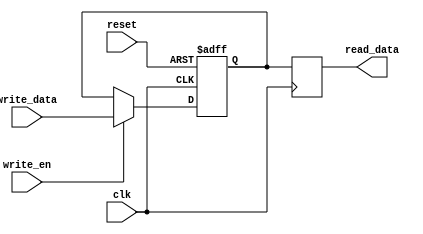
module dual_port_register(
    input wire clk, // Clock input
    input wire reset, // Reset input
    input wire write_en, // Write enable signal
    input wire [7:0] write_data, // Data input for write port
    output reg [7:0] read_data // Data output for read port
);

reg [7:0] reg_data; // Internal register to store input data

// Write port
always @(posedge clk or posedge reset) begin
    if (reset) begin
        reg_data <= 8'b0; // Reset internal register
    end else if (write_en) begin
        reg_data <= write_data; // Store write_data in internal register
    end
end

// Read port
always @(posedge clk) begin
    read_data <= reg_data; // Output data from internal register
end

endmodule